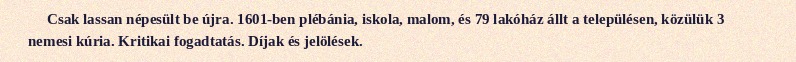
Csak lassan népesült be újra. 1601-ben plébánia, iskola, malom, és 79 lakóház állt a településen, közülük 3 nemesi kúria. Kritikai fogadtatás. Díjak és jelölések.